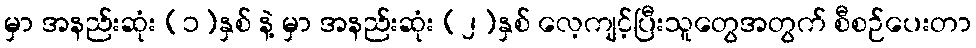
မှာ အနည်းဆုံး (၁)နှစ် နဲ့ မှာ အနည်းဆုံး (၂)နှစ် လေ့ကျင့်ပြီးသူတွေအတွက် စီစဉ်ပေးတာ